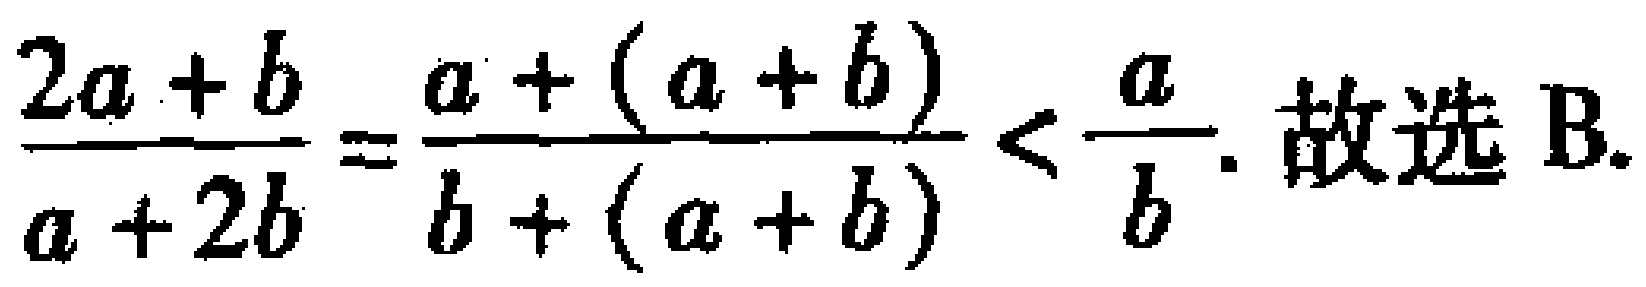
\(\frac{2a + b}{a + 2b}=\frac{a+(a + b)}{b+(a + b)}<\frac{a}{b}.\ 故选B.\)